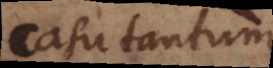
casu tantum